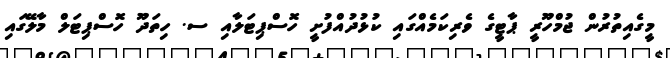
މީގެއިތުރުން ޖުމްހޫރީ ޕާޓީގެ ވެރިކަމެއްގައި ކުޅުދުއްފުށީ ހޮސްޕިޓަލާއި ސ. ހިތަދޫ ހޮސްޕިޓަލް މާލޭގައި